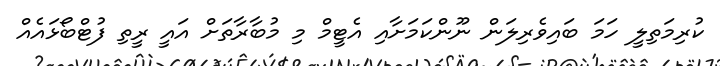
ކުރިމަތިލީ ހަމަ ބައިވެރިލަން ނޫންކަމަށާއި އެޓީމް މި މުބާރާތަށް އައީ ރީތި ފުޓްބޯޅައެއް